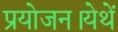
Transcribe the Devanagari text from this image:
प्रयोजन।येथें